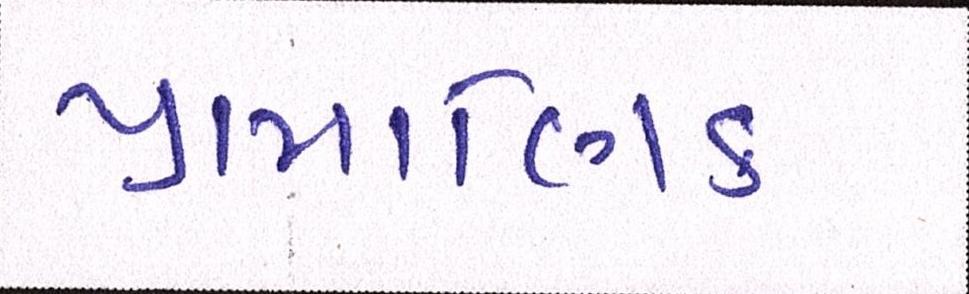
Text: પ્રામાણિક